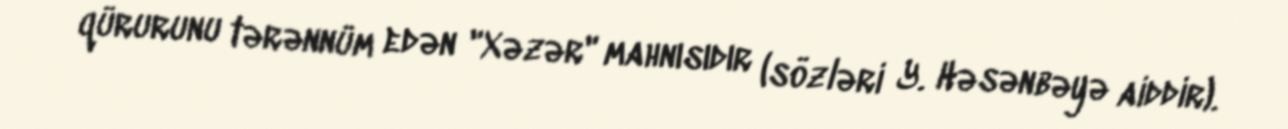
qürurunu tərənnüm edən "Xəzər" mahnısıdır (sözləri Y. Həsənbəyə aiddir).